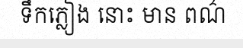
ទឹកភ្លៀង នោះ មាន ពណ៌